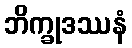
ဘိက္ခုဒဿနံ